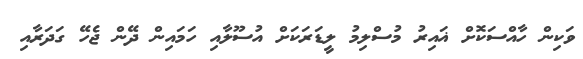
ވަކިން ހާއްސަކޮށް ޣައިރު މުސްލިމު ލީޑަރަކަށް އުސޫލާއި ހަމައިން ދޭން ޖެހޭ ގަދަރާއި